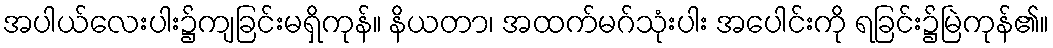
အပါယ်လေးပါး၌ကျခြင်းမရှိကုန်။ နိယတာ၊ အထက်မဂ်သုံးပါး အပေါင်းကို ရခြင်း၌မြဲကုန်၏။